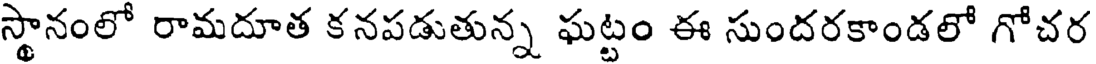
స్థానంలో రామదూత కనపడుతున్న ఘట్టం ఈ సుందరకాండలో గోచర